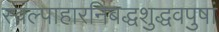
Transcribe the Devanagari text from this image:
स्वल्पाहारनिबद्धशुद्धवपुषां